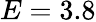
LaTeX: E=3.8